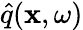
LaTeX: \hat{q}({\mathbf x},\omega)